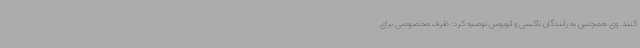
کنند. وی همچنین به رانندگان تاکسی و اتوبوس توصیه کرد: ظرف مخصوصی برای